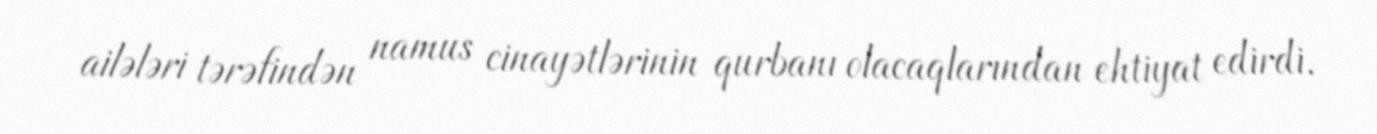
ailələri tərəfindən namus cinayətlərinin qurbanı olacaqlarından ehtiyat edirdi.